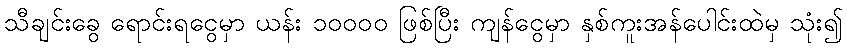
သီချင်းခွေ ရောင်းရငွေမှာ ယန်း ၁၀၀၀၀ ဖြစ်ပြီး ကျန်ငွေမှာ နှစ်ကူးအန်ပေါင်းထဲမှ သုံး၍